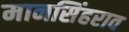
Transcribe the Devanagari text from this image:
मानसिंहराव